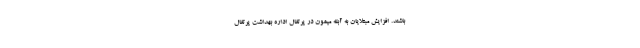
باشند. افزایش مبتلایان به آبله میمون در پرتغال اداره بهداشت پرتغال